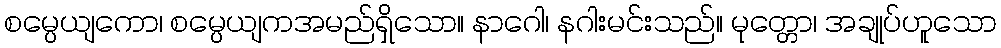
စမ္ပေယျကော၊ စမ္ပေယျကအမည်ရှိသော။ နာဂေါ၊ နဂါးမင်းသည်။ မုတ္တော၊ အချုပ်ဟူသော